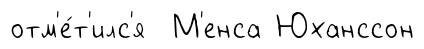
отм'е́т'илс'я М'енса Юханссон